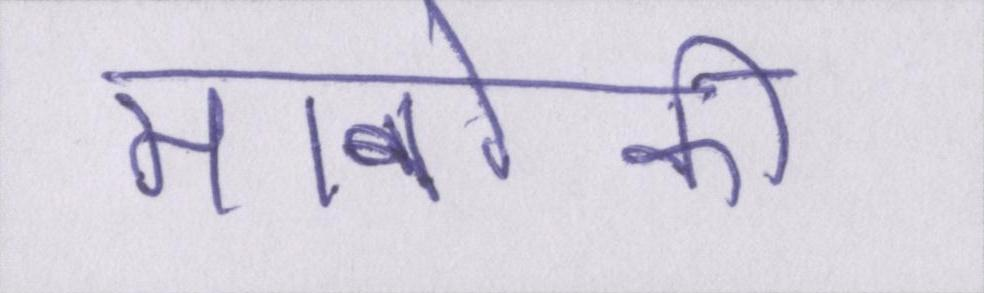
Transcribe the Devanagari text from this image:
मानविकी